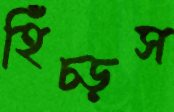
হিঁচ্‌ড়স